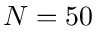
N = 5 0